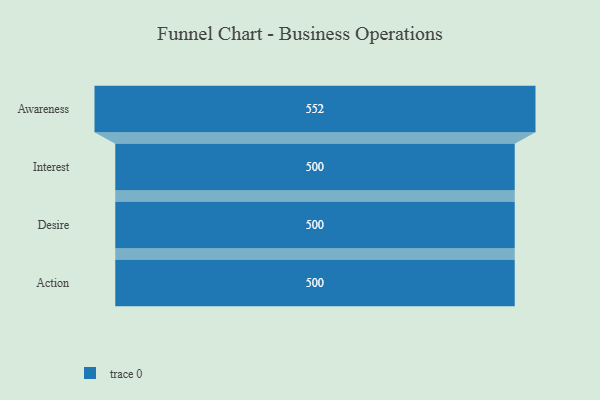
{"axis": {"x": "Stage", "y": "Value"}, "legend": [""], "data": [{"x": "Awareness", "y": 552.0, "type": ""}, {"x": "Interest", "y": 500, "type": ""}, {"x": "Desire", "y": 500, "type": ""}, {"x": "Action", "y": 500, "type": ""}]}